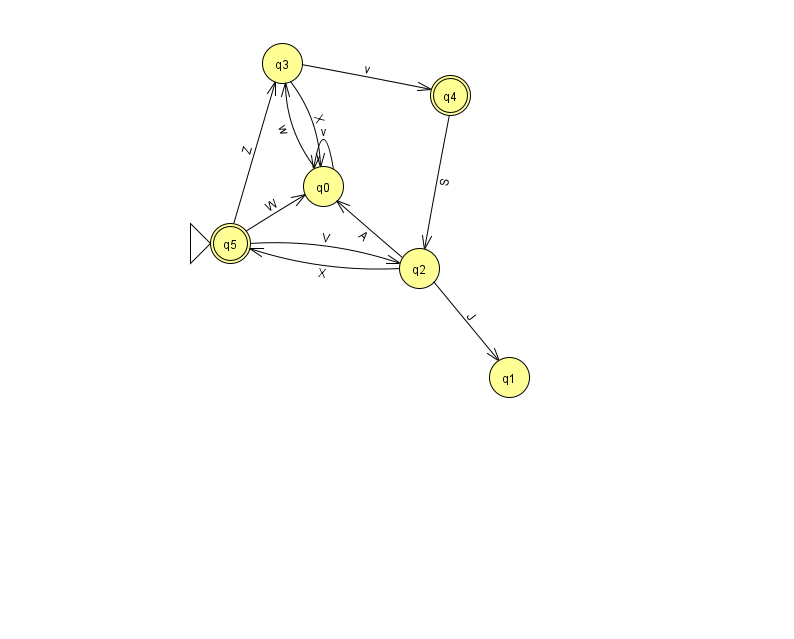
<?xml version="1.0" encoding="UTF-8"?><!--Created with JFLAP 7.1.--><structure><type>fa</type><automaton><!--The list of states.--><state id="0" name="q0"><x>323.0</x><y>173.0</y></state><state id="1" name="q1"><x>509.0</x><y>364.0</y></state><state id="2" name="q2"><x>419.0</x><y>255.0</y></state><state id="3" name="q3"><x>282.0</x><y>50.0</y></state><state id="4" name="q4"><x>450.0</x><y>82.0</y><final/></state><state id="5" name="q5"><x>230.0</x><y>230.0</y><initial/><final/></state><!--The list of transitions.--><transition><from>5</from><to>2</to><read>V</read></transition><transition><from>3</from><to>0</to><read>X</read></transition><transition><from>0</from><to>0</to><read>v</read></transition><transition><from>2</from><to>1</to><read>J</read></transition><transition><from>3</from><to>4</to><read>v</read></transition><transition><from>5</from><to>0</to><read>W</read></transition><transition><from>2</from><to>0</to><read>A</read></transition><transition><from>0</from><to>3</to><read>w</read></transition><transition><from>2</from><to>5</to><read>X</read></transition><transition><from>4</from><to>2</to><read>S</read></transition><transition><from>5</from><to>3</to><read>Z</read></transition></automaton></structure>